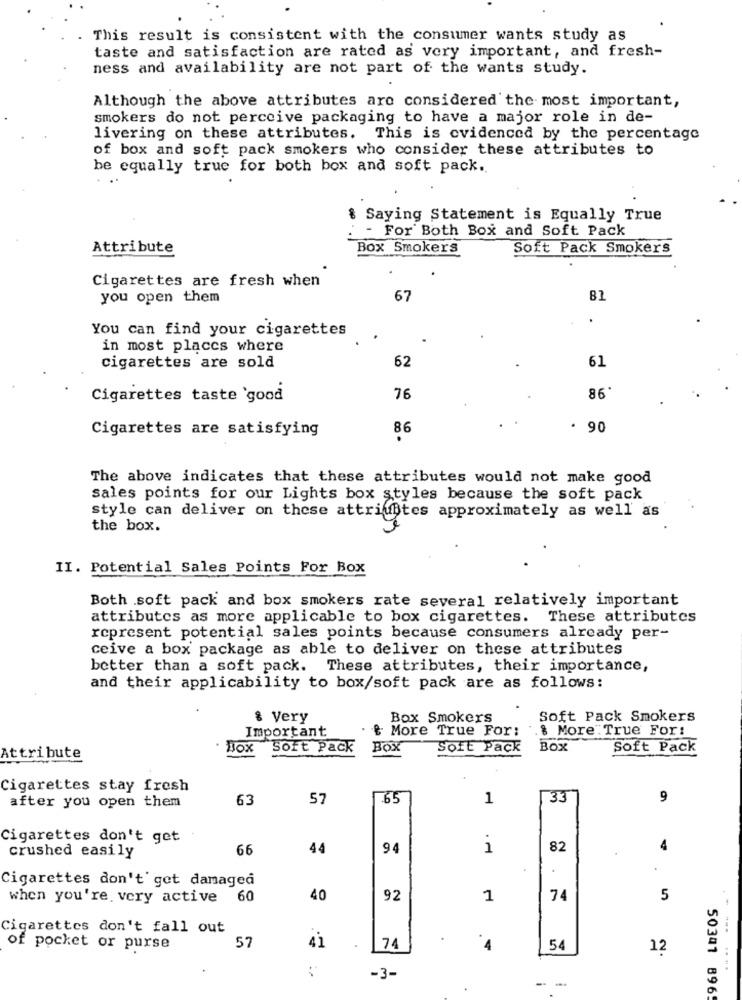
This result is consistent with the consumer wants study as
taste and satisfaction are rated as very important, and fresh-
ness and availability are not part of the wants study.
Although the above attributes are considered the most important,
smokers do not perceive packaging to have a major role in de-
livering on these attributes. This is evidenced by the percentage
of box and soft pack smokers who consider these attributes to
be equally true for both box and soft pack.
& Saying Statement is Equally True
- For Both Box and Soft Pack
Attribute
Box Smokers
Soft Pack Smokers
Cigarettes are fresh when
you open them
67
You can find your cigarettes
in most places where
62
61
cigarettes are sold
Cigarettes taste 'good
76
86*
Cigarettes are satisfying
86
. 90
The above indicates that these attributes would not make good
sales points for our Lights box styles because the soft pack
style can deliver on these attriubtes approximately as well as
the box.
II. Potential Sales Points For Box
Both soft pack and box smokers rate several relatively important
attributes as more applicable to box cigarettes. These attributes
represent potential sales points because consumers already per-
ceive a box package as able to deliver on these attributes
better than a soft pack. These attributes, their importance,
and their applicability to box/soft pack are as follows:
& Very
Box Smokers
Soft Pack Smokers
Important
. & More True For: & More True For:
. Box
Soft Pack
Box
Soft Pack
BOX
Soft Pack
Attribute
Cigarettes stay fresh
63
57
.65
1
33
9
after you open them
Cigarettes don't get
crushed easily
66
44
94
1
82
4
Cigarettes don't' get damaged
when you're very active 60
40
92
1
74
5
Cigarettes don't fall out
of pocket or purse
57
41
74
4
54
12
-3-
- -
50341 896